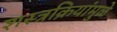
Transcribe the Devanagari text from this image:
शस्त्रक्रियांमुळे